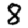
Digit: 8